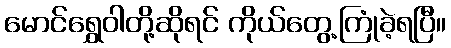
မောင်ရွှေဝါတို့ဆိုရင် ကိုယ်တွေ့ကြုံခဲ့ရပြီ။